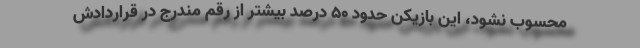
محسوب نشود، این بازیکن حدود ۵۰ درصد بیشتر از رقم مندرج در قراردادش